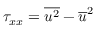
\tau _ { x x } = \overline { { { u ^ { 2 } } } } - \overline { { { u } } } ^ { 2 }